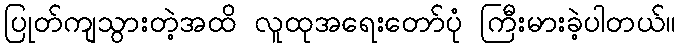
ပြုတ်ကျသွားတဲ့အထိ လူထုအရေးတော်ပုံ ကြီးမားခဲ့ပါတယ်။